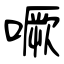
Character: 噘